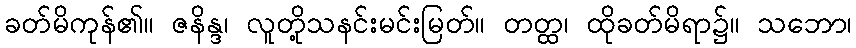
ခတ်မိကုန်၏။ ဇနိန္ဒ၊ လူတို့သနင်းမင်းမြတ်။ တတ္ထ၊ ထိုခတ်မိရာ၌။ သဘော၊